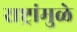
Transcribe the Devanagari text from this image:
राष्ट्रांमुळे